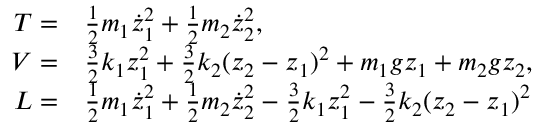
\begin{array} { r l } { T = } & { { } \frac { 1 } { 2 } m _ { 1 } \dot { z } _ { 1 } ^ { 2 } + \frac { 1 } { 2 } m _ { 2 } \dot { z } _ { 2 } ^ { 2 } , } \\ { V = } & { { } \frac { 3 } { 2 } k _ { 1 } z _ { 1 } ^ { 2 } + \frac { 3 } { 2 } k _ { 2 } ( z _ { 2 } - z _ { 1 } ) ^ { 2 } + m _ { 1 } g z _ { 1 } + m _ { 2 } g z _ { 2 } , } \\ { L = } & { { } \frac { 1 } { 2 } m _ { 1 } \dot { z } _ { 1 } ^ { 2 } + \frac { 1 } { 2 } m _ { 2 } \dot { z } _ { 2 } ^ { 2 } - \frac { 3 } { 2 } k _ { 1 } z _ { 1 } ^ { 2 } - \frac { 3 } { 2 } k _ { 2 } ( z _ { 2 } - z _ { 1 } ) ^ { 2 } } \end{array}